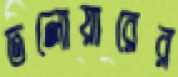
তলোয়ারের